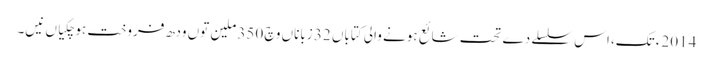
2014ء تک، اس سلسلے دے تحت شائع ہونے والی کتاباں 32 زباناں وچ 350 ملین تو‏ں ودھ فروخت ہوچکیاں نیں۔